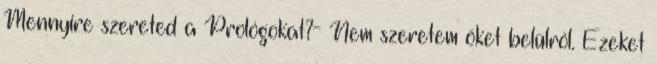
Mennyire szereted a Prológokat?- Nem szeretem őket belülről. Ezeket